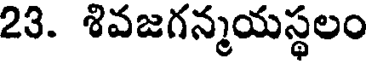
23. శివజగన్మయస్థలం